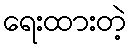
ရေးထားတဲ့